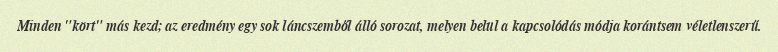
Minden "kört" más kezd; az eredmény egy sok láncszemből álló sorozat, melyen belül a kapcsolódás módja korántsem véletlenszerű.